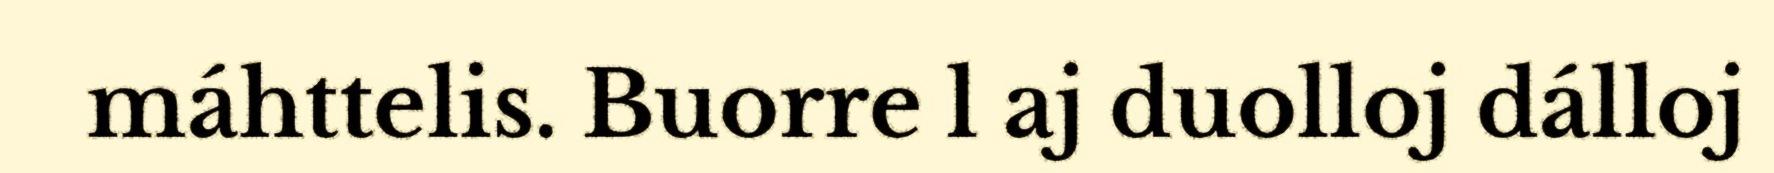
máhttelis. Buorre l aj duolloj dálloj